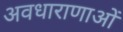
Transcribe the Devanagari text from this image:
अवधाराणाओं